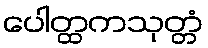
ပေါတ္ထကသုတ္တံ